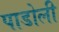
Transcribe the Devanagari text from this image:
पाडोली